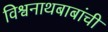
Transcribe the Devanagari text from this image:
विश्वनाथबाबांची